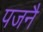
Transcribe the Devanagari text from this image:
पजनै